Sketch of the medical history of the native army of Bombay, for the year
Year: 1872
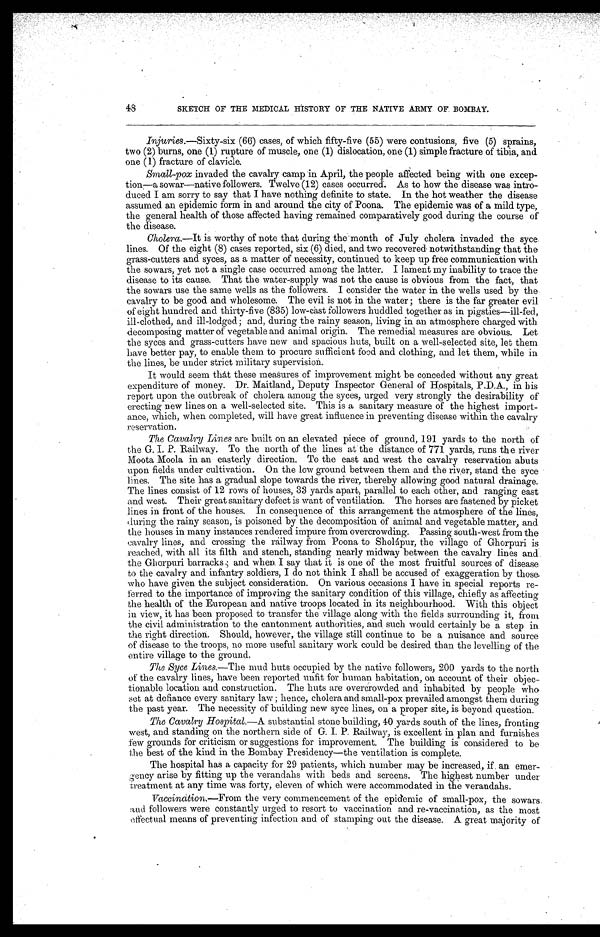
48
SKETCH OF THE MEDICAL HISTORY OF THE NATIVE ARMY OF BOMBAY.
Injuries.—Sixty-six (66) cases, of which fifty-five (55) were contusions, five (5) sprains,
two (2) burns, one (1) rupture of muscle, one (1) dislocation, one (1) simple fracture of tibia, and
one ( 1) fracture of clavicle.
Small-pox invaded the cavalry camp in April, the people affected being with one excep-
tion—a sowar—native followers. Twelve (12) cases occurred. As to how the disease was intro-
duced I am sorry to say that I have nothing definite to state. In the hot weather the disease
assumed an epidemic form in and around the city of Poona. The epidemic was of a mild type,
the general health of those affected having remained comparatively good during the course of
the disease.
Cholera.—It is worthy of note that during the month of July cholera invaded the syce
lines. Of the eight (8) cases reported, six (6) died, and two recovered notwithstanding that the
grass-cutters and syces, as a matter of necessity, continued to keep up free communication with
the sowars, yet not a single case occurred among the latter. I lament my inability to trace the
disease to its cause. That the water-supply was not the cause is obvious from the fact, that
the sowars use the same wells as the followers. I consider the water in the wells used by the
cavalry to be good and wholesome. The evil is not in the water ; there is the far greater evil
of eight hundred and thirty-five (835) low-cast followers huddled together as in pigsties—ill-fed,
ill-clothed, and ill-lodged ; and, during the rainy season, living in an atmosphere charged with
decomposing matter of vegetable and animal origin. The remedial measures are obvious. Let
the syces and grass-cutters have new and spacious huts, built on a well-selected site, let them
have better pay, to enable them to procure sufficient food and clothing, and let them, while in
the lines, be under strict military supervision.
It would seem that these measures of improvement might be conceded without any great
expenditure of money. Dr. Maitland, Deputy Inspector General of Hospitals, P.D.A., in his
report upon the outbreak of cholera among the syces, urged very strongly the desirability of
erecting new lines on a well-selected site. This is a sanitary measure of the highest import-
ance, which, when completed, will have great influence in preventing disease within the cavalry
reservation.
The Cavalry Lines are built on an elevated piece of ground, 191 yards to the north of
the G. I. P. Railway. To the north of the lines at the distance of 771 yards, runs the river
Moota Moola in an easterly direction. To the east and west the cavalry reservation abuts
upon fields under cultivation. On the low ground between them and the river, stand the syce
lines. The site has a gradual slope towards the river, thereby allowing good natural drainage.
The lines consist of 12 rows of houses, 33 yards apart, parallel to each other, and ranging east
and west. Their great sanitary defect is want of ventilation. The horses are fastened by picket
lines in front of the houses. In consequence of this arrangement the atmosphere of the lines,
during the rainy season, is poisoned by the decomposition of animal and vegetable matter, and
the houses in many instances rendered impure from overcrowding. Passing south-west from the
cavalry lines, and crossing the railway from Poona to Sholápur, the village of Ghorpuri is
reached, with all its filth and stench, standing nearly midway between the cavalry lines and
t he Ghor pur i ba r r a c ks ; a nd whe n I s a y t ha t i t i s one of t he mos t f r ui t f ul s our c e s of di s e a s e
to the cavalry and infantry soldiers, I do not think I shall be accused of exaggeration by those
who have given the subject consideration. On various occasions I have in special reports re-
ferred to the importance of improving the sanitary condition of this village, chiefly as affecting
the health of the European and native troops located in its neighbourhood. With this object
in view, it has been proposed to transfer the village along with the fields surrounding it, from
the civil administration to the cantonment authorities, and such would certainly be a step in
the right direction. Should, however, the village still continue to be a nuisance and source
of disease to the troops, no more useful sanitary work could be desired than the levelling of the
entire village to the ground.
The Syce Lines. —The mud huts occupied by the native followers, 200 yards to the north
of the cavalry lines, have been reported unfit for human habitation, on account of their objec-
tionable location and construction. The huts are overcrowded and inhabited by people who
set at defiance every sanitary law; hence, cholera and small-pox prevailed amongst them during
the past year. The necessity of building new syce lines, on a proper site, is beyond question.
The Cavalry Hospital.—A substantial stone building, 40 yards south of the lines, fronting
west, and standing on the northern side of G. I. P . Railway, is excellent in plan and furnishes
few grounds for criticism or suggestions for improvement. The building is considered to be
the best of the kind in the Bombay Presidency—the ventilation is complete.
The hospital has a capacity for 29 patients, which number may be increased, if an emer-
gency arise by fitting up the verandahs with beds and screens. The highest number under
treatment at any time was forty, eleven of which were accommodated in the verandahs.
Vaccination. —From the very commencement of the epidemic of small-pox, the sowars
and followers were constantly urged to resort to vaccination and re-vaccination, as the most
effectual means of preventing infection and of stamping out the disease. A great majority of